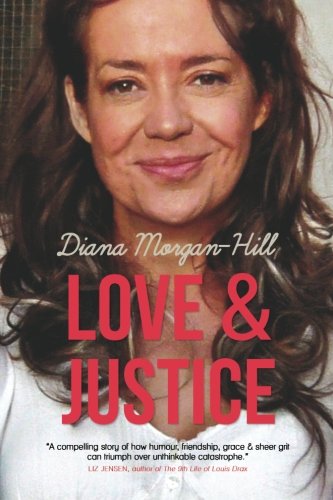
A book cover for Love & Justice: A Compelling True Story Of Triumph Over Adversity; Diana Morgan-Hill; Law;